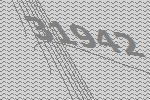
31942